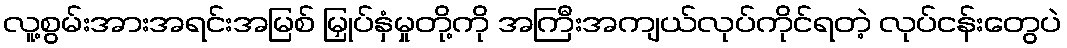
လူ့စွမ်းအားအရင်းအမြစ် မြှုပ်နှံမှုတို့ကို အကြီးအကျယ်လုပ်ကိုင်ရတဲ့ လုပ်ငန်းတွေပဲ